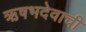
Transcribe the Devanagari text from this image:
ऋषभदेवाची